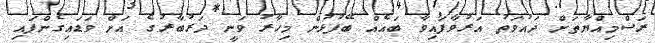
ރަސްމިއްޔާތަށް ދައުވަތު އަރުވާފައިވާ ބައެއް ބޭފުޅުން މިހާރު ވަނީ ދަރުބާރުގެ އަށް ވަޑައިގެންފައި